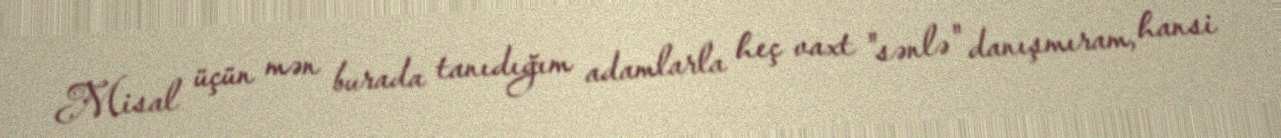
Misal üçün mən burada tanıdığım adamlarla heç vaxt "sənlə" danışmıram, hansi